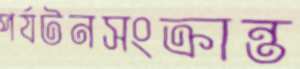
পর্যটনসংক্রান্ত